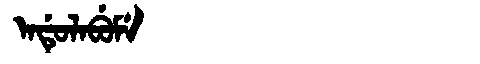
Manchu: ᠠᡩᡠᠯᠠᠪᡠᠮᡝ
Romanization: ADULABUME